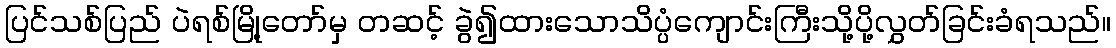
ပြင်သစ်ပြည် ပဲရစ်မြို့တော်မှ တဆင့် ခွဲ၍ထားသောသိပ္ပံကျောင်းကြီးသို့ပို့လွှတ်ခြင်းခံရသည်။